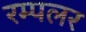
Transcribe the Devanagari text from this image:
रम्पलर